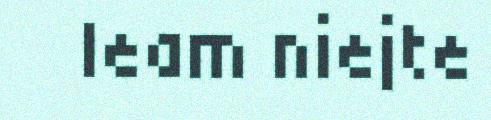
leam niejte